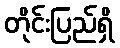
တိုင်းပြည်ရှိ